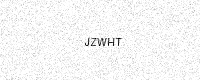
Text: JZWHT